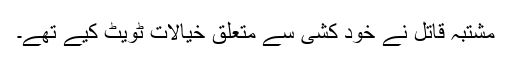
مشتبہ قاتل نے خود کشی سے متعلق خیالات ٹویٹ کیے تھے۔